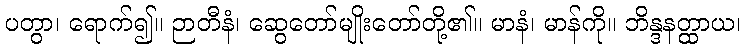
ပတွာ၊ ရောက်၍။ ဉာတီနံ၊ ဆွေတော်မျိုးတော်တို့၏။ မာနံ၊ မာန်ကို။ ဘိန္ဒနတ္ထာယ၊